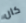
كان